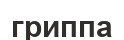
гриппа